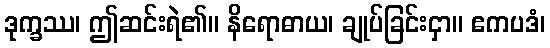
ဒုက္ခဿ၊ ဤဆင်းရဲ၏။ နိရောဓာယ၊ ချုပ်ခြင်းငှာ။ ဧကပဒံ၊